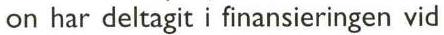
on har deltagit i finansieringen vid